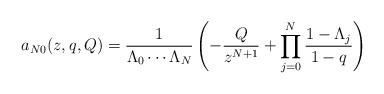
LaTeX: \begin{align*} a_{N0}(z,q,Q) = \frac{1}{\Lambda_0 \cdots \Lambda_N} \left( - \frac{Q}{z^{N+1}} + \prod_{j=0}^N \frac{1-\Lambda_j}{1-q} \right) \end{align*}